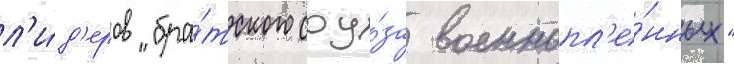
л'и́д'еров "бра́тского соу́за военнопл'е́нных"